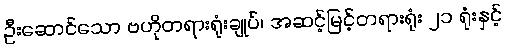
ဦးဆောင်သော ဗဟိုတရားရုံးချုပ်၊ အဆင့်မြင့်တရားရုံး ၂၁ ရုံးနှင့်